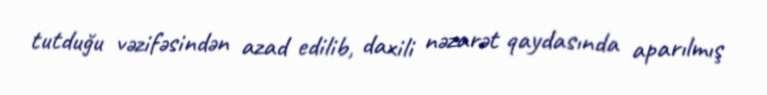
tutduğu vəzifəsindən azad edilib, daxili nəzarət qaydasında aparılmış